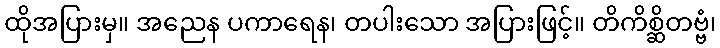
ထိုအပြားမှ။ အညေန ပကာရေန၊ တပါးသော အပြားဖြင့်။ တိကိစ္ဆိတဗ္ဗံ၊